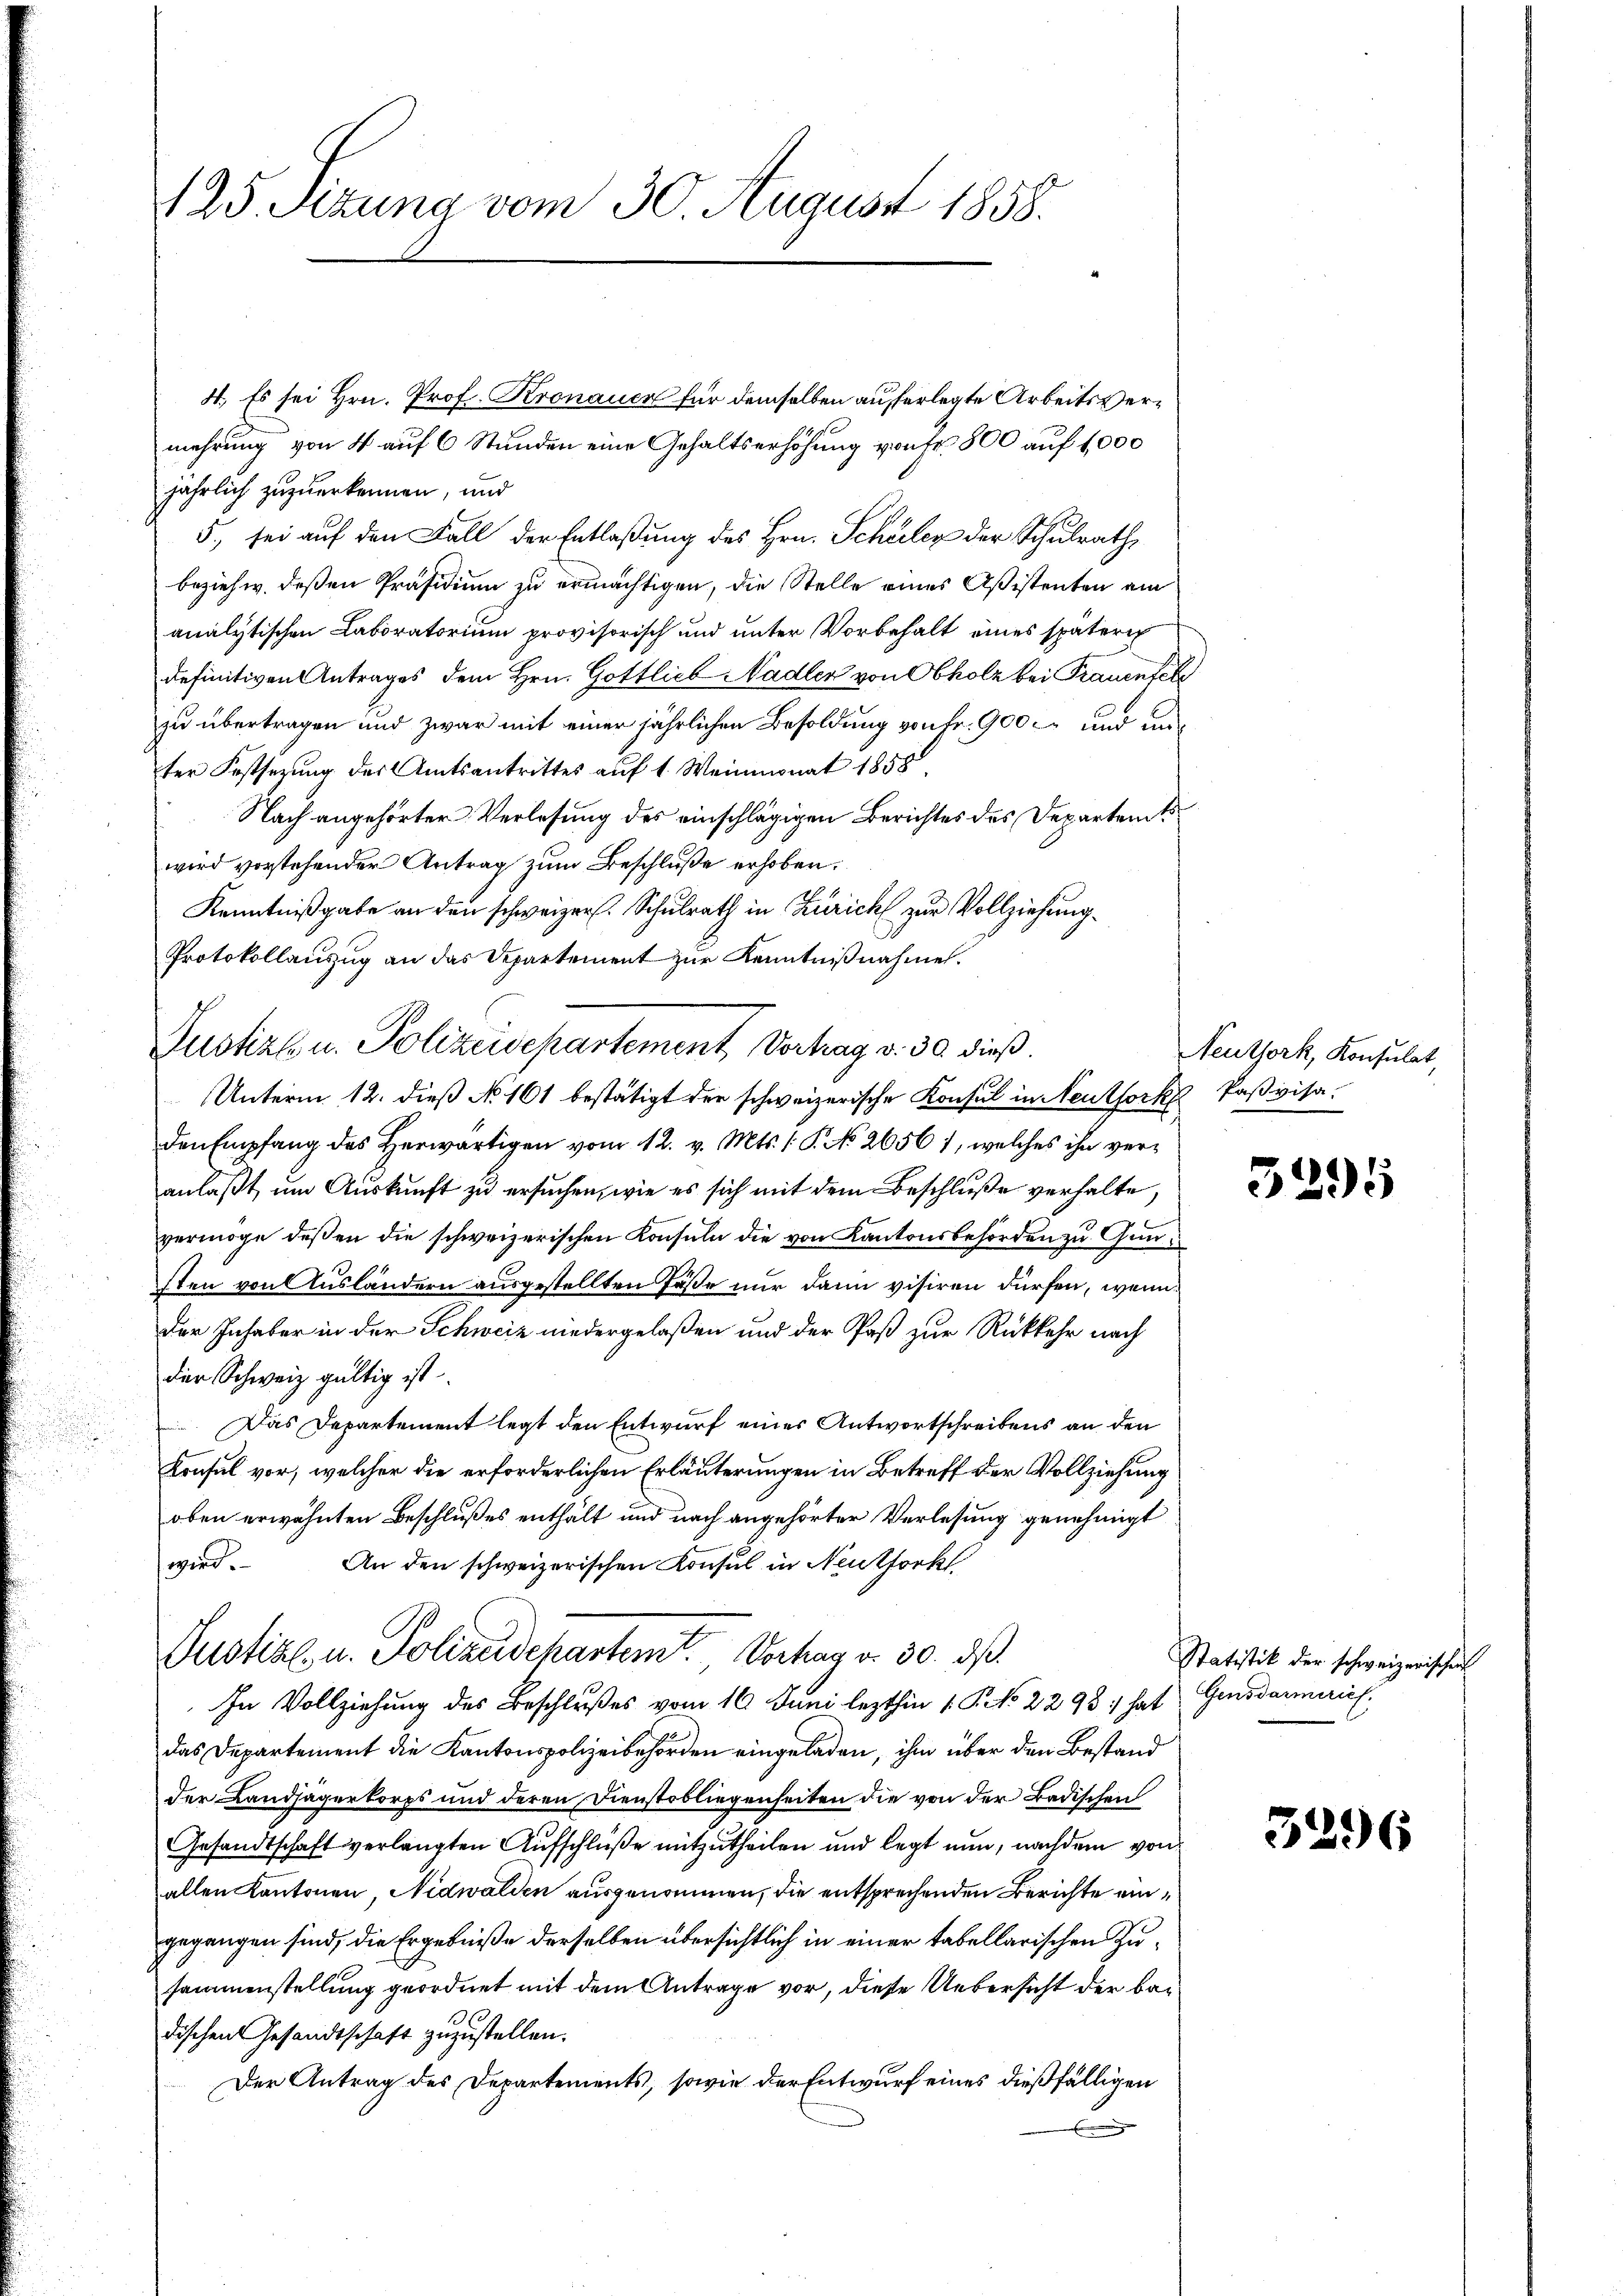
.

125 Sezung vom 30. August 1858.

4., Es sei Hrn. Prof. Kronauen für demselben auferlegte Arbeitsvermehrung von 4 auf 6 Stunden eine Gehaltserhöhung von Fr. 800 auf 1,000
jährlich zuzuerkennen, und
5., sei auf den Fall der Entlaßung des Hrn. Schüler der Schulrath,
beziehw. deßen Präsidium zu ermächtigen, die Stelle eines Aßistenten am
analytischen Laboratorium provisorisch und unter Vorbehalt eines späteri
definitiven Antrages dem Hrn. Gottlieb Nadler von Obholz bei Trauenfel
zu übertragen und zwar mit einer jährlichen Besoldung von Fr. 900 und unter Festsezung des Amtsantrittes auf 1. Weinmonat 1858
Nach angehörter Verlesung des einschlägigen Berichtes des Departent
wird vorstehender Antrag zum Beschluße erhoben.
Kenntnißgabe an den schweizer. Schulrath in Zürich zur Vollziehung.
Protokollauszug an das Departement zur Kenntnißnahme.
Unterm 12. dieß No. 161 bestätigt der schweizerische Konsul in Neuthork Paßvisa-
den Empfang des Herwärtigen vom 12. v. Mts. /: P. No 26561, welches ihn veranlaßt, um Auskunft zu ersuchen, wie es sich mit dem Beschluße verhalte,
vermöge deßen die schweizerischen Konsuln die von Kantonsbehörden zu Gunsten von Ausländern ausgestellten Fässe nur dann visiren dürfen, wenn
der Inhaber in der Schweiz niedergelaßen und der Paß zur Rückkehr nach
der Schweiz gültig ist.
Das Departement legt den Entwurf eines Antwortschreibens an den
Konsul vor, welcher die erforderlichen Erläuterungen in Betreff der Vollziehung
oben erwähnten Beschlußes enthält und nach angehörter Verlesung genehmigt
wird. An den schweizerischen Konsul in Neutfork
Justiz- u. Polizeidepartemt. Verhag v. 30. ds.
In Vollziehung des Beschlußes vom 16. Juni lezthin 1. P. No. 2293 :/ hat Gensdarmerich.
das Departement die Kantonspolizeibehörden eingeladen, ihm über den Bestand
der Landjägerkorps und deren Dienstobliegenheiten die von der Badischen
Gesandtschaft verlangten Aufschlüße mitzutheilen und legt nun, nachdem von
allen Kantonen, Nidwalden ausgenommen, die entsprechenden Berichte eingegangen sind, die Ergebniße derselben übersichtlich in einer tabellarischen Zusammenstellung geordnet mit dem Antrage vor, diese Uebersicht der bedischen Gesandtschaft zuzustellen.
Der Antrag des Departements, sowie der Entwurf eines dießfälligen

Justiz u. Polizeidepartement Verhag v. 30 dieß

Neuthork, Konsulat,

3295

Statistik der schweizerischen

3296